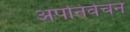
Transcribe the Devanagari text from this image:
अपनिर्वचन